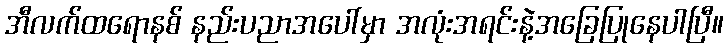
အီလက်ထရောနစ် နည်းပညာအပေါ်မှာ အလုံးအရင်းနဲ့အခြေပြုနေပါပြီ။